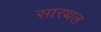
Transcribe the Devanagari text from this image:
सारथल